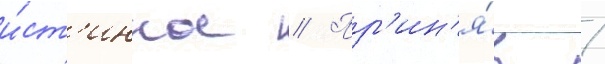
и́ст'инное // Пр'ин'я́в /